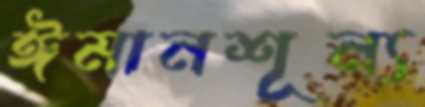
ঈমানশূন্য